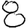
Digit: 8